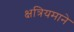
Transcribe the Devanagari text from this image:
क्षत्रियमाने